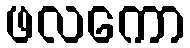
ဖလကော